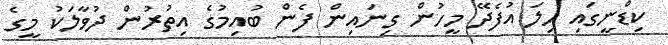
ކިޑްނީގައި ހިލަ އުފެދޭ މީހުން ގިނައިން ފެން ބުއިމުގެ އިތުރުން ދުވާލަކު މީގެ